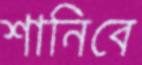
শানিবে